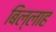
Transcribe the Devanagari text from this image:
बिल्लाह